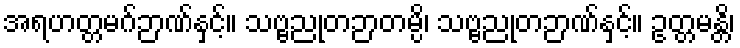
အရဟတ္တမဂ်ဉာဏ်နှင့်။ သဗ္ဗညုတဉာတမ္ပိ၊ သဗ္ဗညုတဉာဏ်နှင့်။ ဥတ္တမန္တိ၊